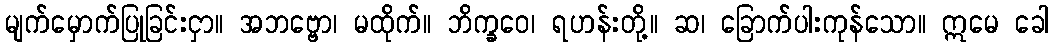
မျက်မှောက်ပြုခြင်းငှာ။ အဘဗ္ဗော၊ မထိုက်။ ဘိက္ခဝေ၊ ရဟန်းတို့။ ဆ၊ ခြောက်ပါးကုန်သော။ ဣမေ ခေါ